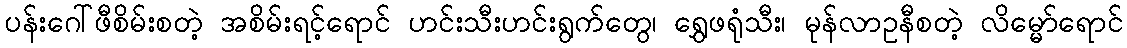
ပန်းဂေါ်ဖီစိမ်းစတဲ့ အစိမ်းရင့်ရောင် ဟင်းသီးဟင်းရွက်တွေ၊ ရွှေဖရုံသီး၊ မုန်လာဥနီစတဲ့ လိမ္မော်ရောင်